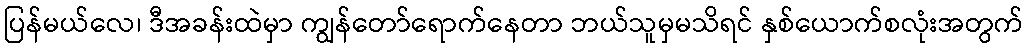
ပြန်မယ်လေ၊ ဒီအခန်းထဲမှာ ကျွန်တော်ရောက်နေတာ ဘယ်သူမှမသိရင် နှစ်ယောက်စလုံးအတွက်